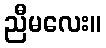
ညီမလေး။